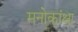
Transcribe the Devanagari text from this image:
मनोकांक्षा